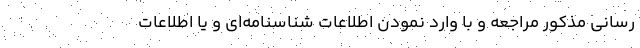
رسانی مذکور مراجعه و با وارد نمودن اطلاعات شناسنامه‌ای و یا اطلاعات